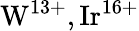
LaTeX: \mathrm{W}^{13+},\mathrm{Ir}^{16+}